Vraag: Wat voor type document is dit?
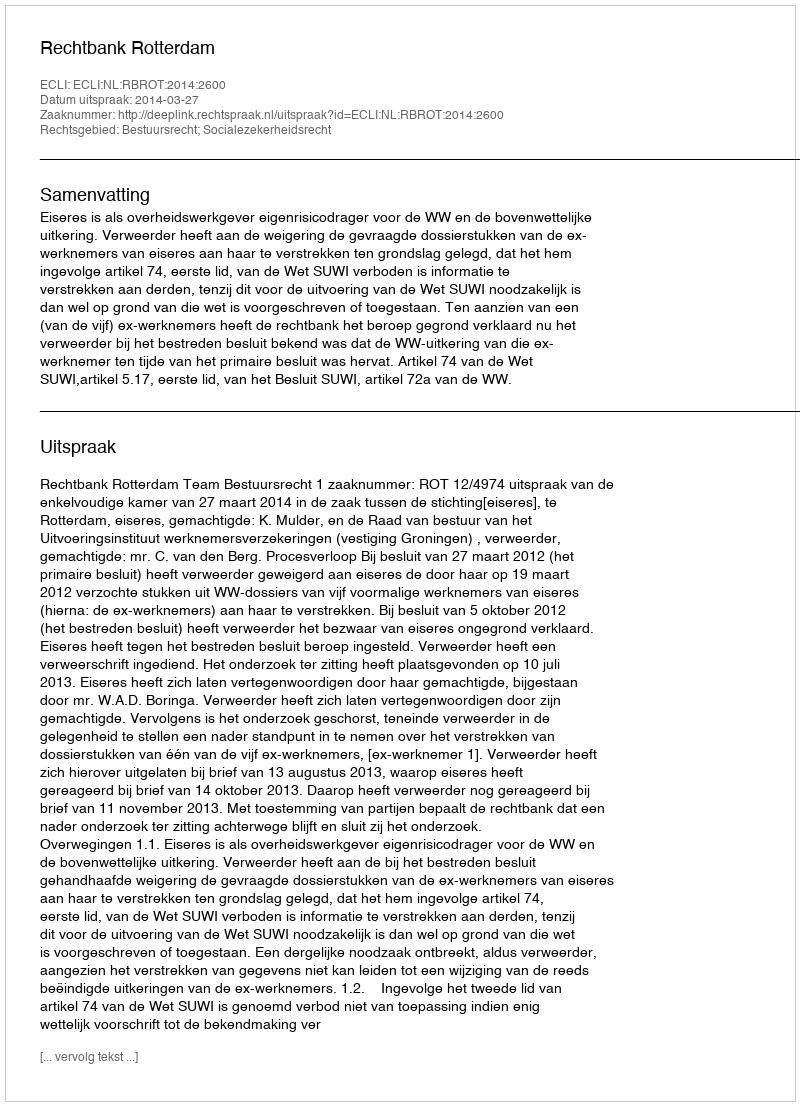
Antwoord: Uitspraak